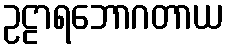
ဥဠာရဘောဂတာယ